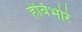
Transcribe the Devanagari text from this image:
हेर्बिभोरे